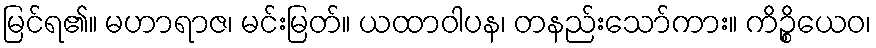
မြင်ရ၏။ မဟာရာဇ၊ မင်းမြတ်။ ယထာဝါပန၊ တနည်းသော်ကား။ ကိဉ္စိယေဝ၊